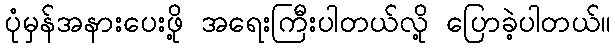
ပုံမှန်အနားပေးဖို့ အရေးကြီးပါတယ်လို့ ပြောခဲ့ပါတယ်။